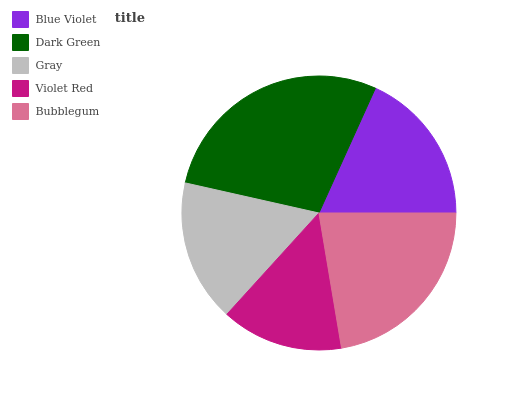
| Blue Violet | Dark Green | Gray | Violet Red | Bubblegum |
 | --- | --- | --- | --- | --- |
 | 18.3% | 28.2% | 16.7% | 14.4% | 22.4% |